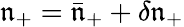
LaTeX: \mathfrak{n}_{+}=\bar{{\mathfrak{n}}}_{+}+\delta\mathfrak{n}_{+}